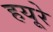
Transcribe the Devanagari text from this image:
हयूरे